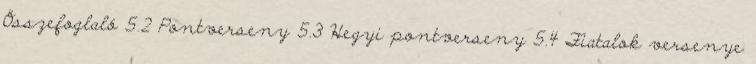
Összefoglaló 5.2 Pontverseny 5.3 Hegyi pontverseny 5.4 Fiatalok versenye